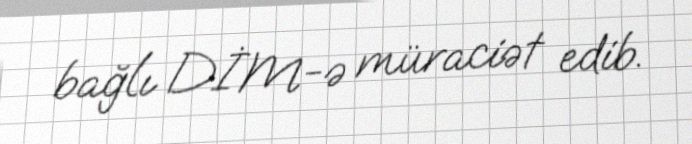
bağlı DİM-ə müraciət edib.